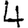
Digit: 4